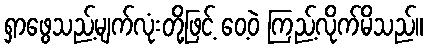
ရှာဖွေသည့်မျက်လုံးတို့ဖြင့် ဝေ့ဝဲ ကြည့်လိုက်မိသည်။